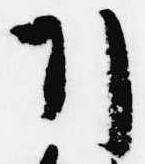
引